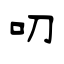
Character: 叨